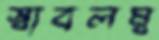
স্বাবলম্ব